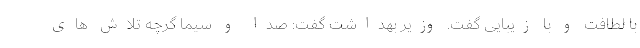
با لطافت و با زیبایی گفت. وزیر بهداشت گفت: صدا و سیما گرچه تلاش های